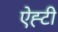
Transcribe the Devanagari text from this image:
ऐह्टी